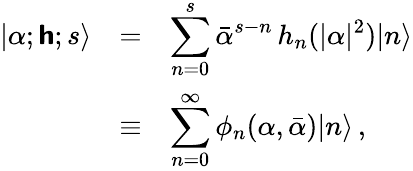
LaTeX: \begin{array}{lll}{|\alpha;\boldsymbol{\mathsf{h}};s\rangle}&{=}&{\displaystyle\sum_{n=0}^{s}{\bar{\alpha}}^{s-n}\, h_{n}(\vert\alpha\vert^{2})|n\rangle}\\ {\displaystyle}&{\equiv}&{\displaystyle\sum_{n=0}^{\infty}\phi_{n}(\alpha,\bar{\alpha})|n\rangle\, ,}\end{array}